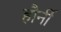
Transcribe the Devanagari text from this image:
हौर्नी